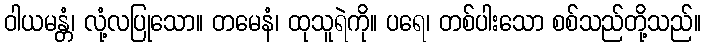
ဝါယမန္တံ၊ လုံ့လပြုသော။ တမေနံ၊ ထုသူရဲကို။ ပရေ၊ တစ်ပါးသော စစ်သည်တို့သည်။